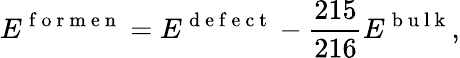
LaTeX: E^{\mathrm{~f~o~r~m~e~n~}}=E^{\mathrm{~d~e~f~e~c~t~}}-\frac{215}{216}E^{\mathrm{~b~u~l~k~}},